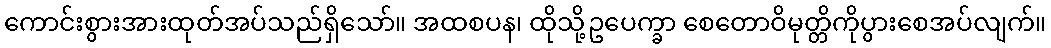
ကောင်းစွားအားထုတ်အပ်သည်ရှိသော်။ အထစပန၊ ထိုသို့ဥပေက္ခာ စေတောဝိမုတ္တိကိုပွားစေအပ်လျက်။